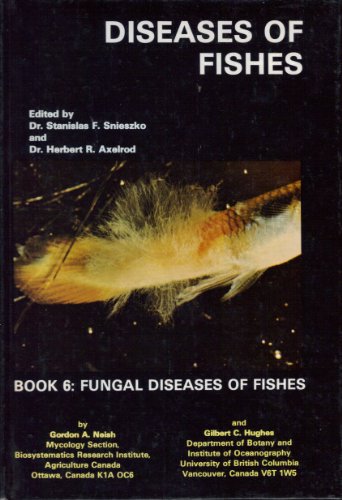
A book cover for Diseases of Fishes, Book 6: Fungal Diseases of Fishes; Medical Books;